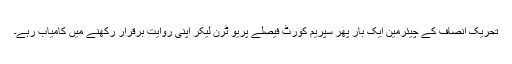
تحریک انصاف کے چیئرمین ایک بار پھر سپریم کورٹ فیصلے پریو ٹرن لیکر اپنی روایت برقرار رکھنے میں کامیاب رہے۔